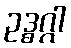
ဥဒ္ဓဂ္ဂါ